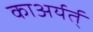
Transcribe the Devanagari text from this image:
काअर्यर्त्